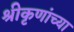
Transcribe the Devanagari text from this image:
श्रीकृणांच्या